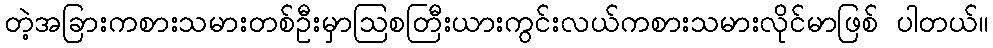
တဲ့အခြားကစားသမားတစ်ဦးမှာဩစတြီးယားကွင်းလယ်ကစားသမားလိုင်မာဖြစ် ပါတယ်။